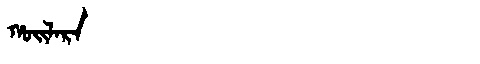
Manchu: ᡥᠣᡳᠯᠠᡵᠠ
Romanization: HOILARA